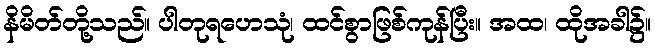
နိမိတ်တို့သည်။ ပါတုရဟေသုံ၊ ထင်စွာဖြစ်ကုန်ပြီး။ အထ၊ ထိုအခါ၌။